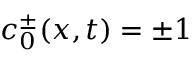
c _ { 0 } ^ { \pm } ( x , t ) = \pm 1